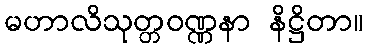
မဟာလိသုတ္တဝဏ္ဏနာ နိဋ္ဌိတာ။